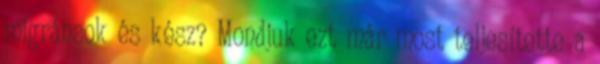
migránsok és kész? Mondjuk ezt már most teljesítette a